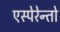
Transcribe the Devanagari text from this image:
एस्पेरेन्तो